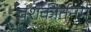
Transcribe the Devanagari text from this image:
वंशकीर्तनम्